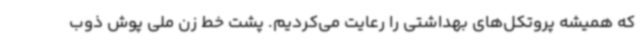
که همیشه پروتکل‌های بهداشتی را رعایت می‌کردیم. پشت خط زن ملی پوش ذوب